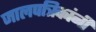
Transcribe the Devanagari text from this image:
जालपत्रिकांनी